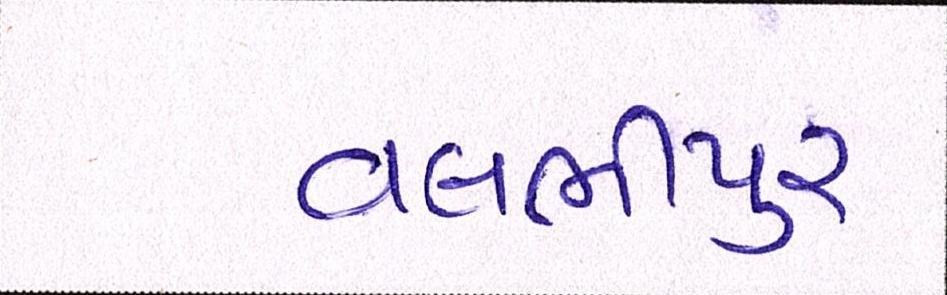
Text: વલભીપુર